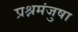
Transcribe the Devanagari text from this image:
प्रश्नमंजुषा